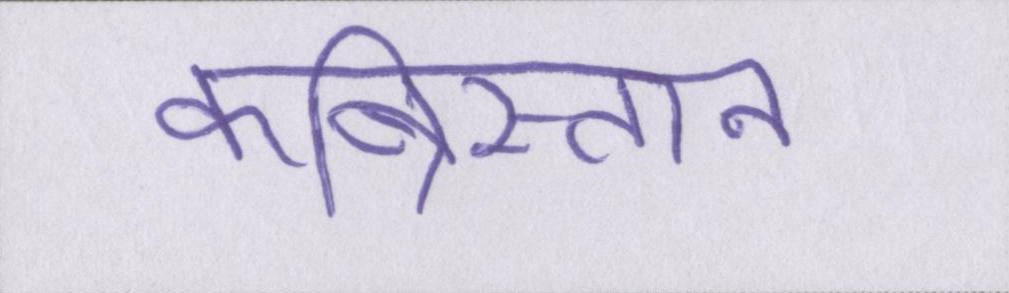
कब्रिस्तान